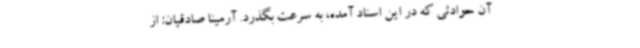
آن حوادثی که در این اسناد آمده، به سرعت بگذرد. آرمینا صادقیان: از